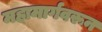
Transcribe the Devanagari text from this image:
महामार्गवरून